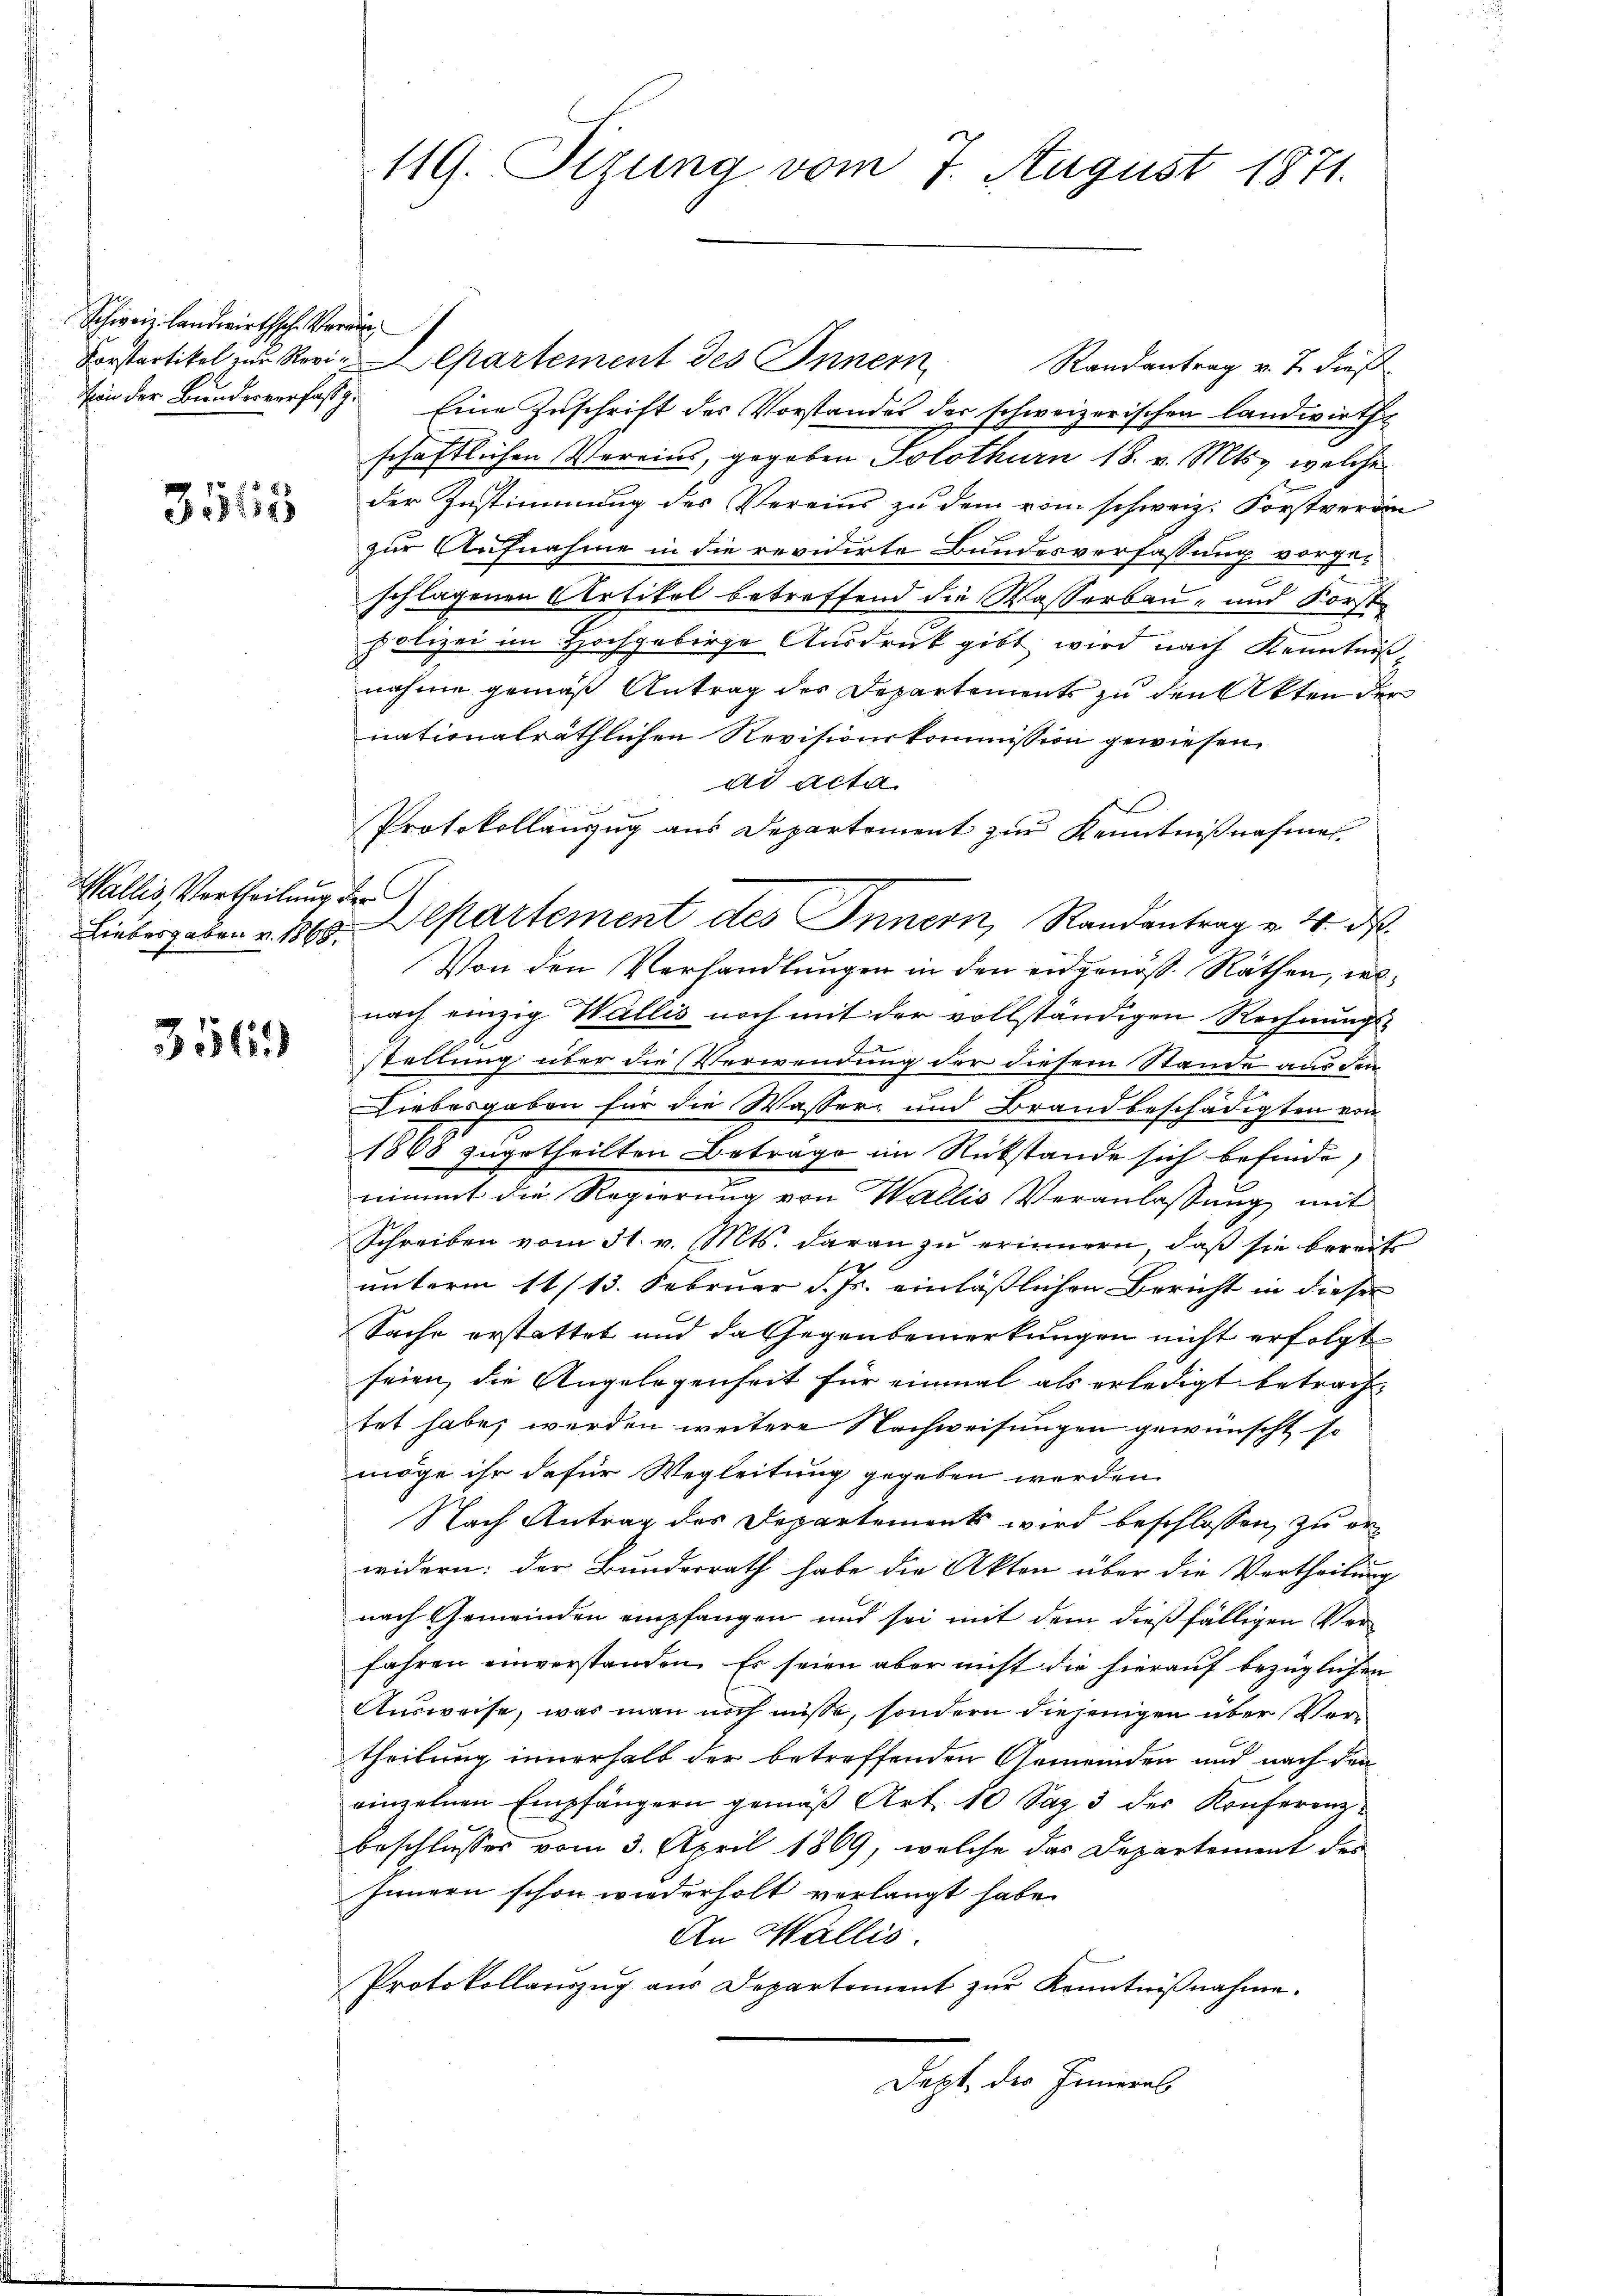
Schweiz. Landwirthsche Verrun

31115

Wallis, Vertheilung der

3569

Forstartikel zur Revi-Departement des Innern Randantrag v. J. dieß
Von der Bundesverfass. Eine Zuschrift des Vorstandes der schweizerischen Landwirths
schaftlichen Verein, gegeben Solothurn 18. v. Mts., welche
der Zustimmung des Vereins zu dem vom schweiz. Forstverein
zur Aufnahme in die revidirte Bundesverfassung vorgeschlagenen Artikel betreffend die Wasserbau- und Forst
polizei im Hochgebirge Ausdruck gibt, wird nach Kenntniß-
nahme gemäß Antrag des Departements zu den Akten der
nationalräthlichen Revisionskommission gewiesen.
ad acta
e
Protokollanzug aus Departement zur Kenntnißnahme
Von den Verhandlungen in den eidgenöß. Räthen, wonach einzig Wallis noch mit der vollständigen Rechnungs-
stellung über die Verwendung der diesem Stande aus den
Liebesgaben für die Wasser- und Brandbeschädigten von
1865 zugetheilten Beträge im Rückstände sich befinde,
nimmt die Regierung von Wallis Veranlassung mit
Schreiben vom 31. v. Mts. daran zu erinnern, daß sie bereits
unterm 11/13. Februar d. Js. einläßlichen Bericht in dieser
Sache erstattet und da Gegenbemerkungen nicht erfolgt
seien, die Angelegenheit für einmal als erledigt betrachtet habe, werden weitere Nachweisungen gewünscht I.
möge ihr dafür Wegleitung gegeben werden.
Nach Antrag des Departements wird beschlossen, zu er-
widern: der Bundesrath habe die Akten über die Vertheilung
nach Gemeinden empfangen und sei mit dem dießfälligen Verfahren einverstanden. Es seien aber nicht die hierauf bezüglichen
Ausweise, was man noch müsse, sondern diejenigen über Vertheilung innerhalb der betreffenden Gemeinden und nach den
einzelnen Empfängern gemäβ Art. 10 Satz. 3 der Konferenz-
beschlusses vom 3. April 1869, welche das Departement der
Innern schon wiederholt verlangt habe.
An Wallis.
Protokollanzug aus Departement zur Kenntnißnahme.
Dept, des Inneres

119. Sizung vom 7. August 1871.

Liebergeben v. 18. Departement des Innern, Randantrag v. 4. d.